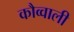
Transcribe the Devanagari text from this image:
कौव्वाली